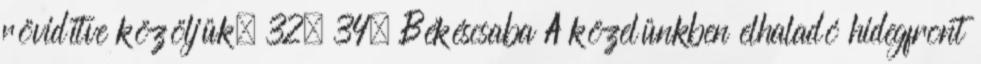
rövidítve közöljük. 32° 34° Békéscsaba A közelünkben elhaladó hidegfront